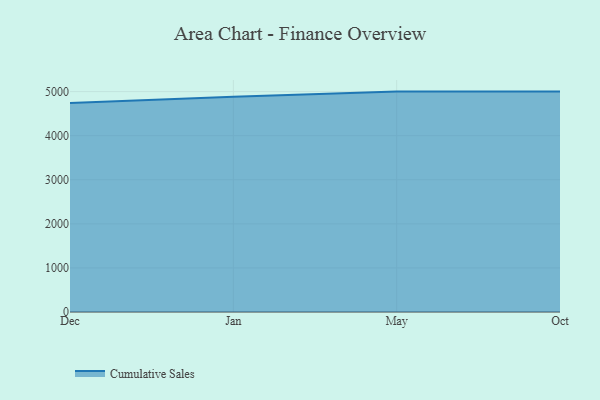
{"axis": {"x": "Month", "y": "Energy Usage (MWh)"}, "legend": ["Cumulative Sales"], "data": [{"x": "Dec", "y": 4740.6, "type": "Cumulative Sales"}, {"x": "Jan", "y": 4881.8, "type": "Cumulative Sales"}, {"x": "May", "y": 5000, "type": "Cumulative Sales"}, {"x": "Oct", "y": 5000, "type": "Cumulative Sales"}]}